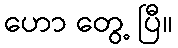
ဟော တွေ့ ပြီ။